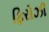
ફિરોઝી